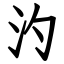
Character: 汋